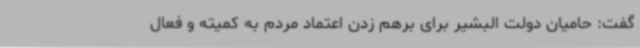
گفت: حامیان دولت البشیر برای برهم زدن اعتماد مردم به کمیته و فعال